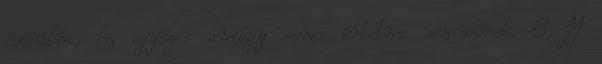
csinálni, ha egyszer amúgy sincs értelme semminek. 8 II